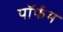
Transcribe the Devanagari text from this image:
पॉर्फम